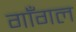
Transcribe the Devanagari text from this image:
गाँगल